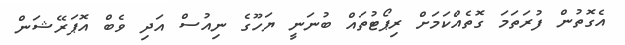
އެގޮތުން ފުރަތަމަ ގޮތެއްކަމަށް ރިޕޯޓުތައް ބުނަނީ ޔަހޫގެ ނިއުސް އަދި ވެބް އޮޕަރޭޝަން